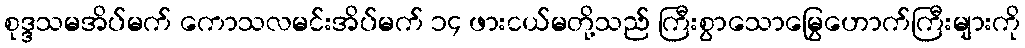
စုဒ္ဒသမအိပ်မက် ကောသလမင်းအိပ်မက် ၁၄ ဖားငယ်မတို့သည် ကြီးစွာသောမြွေဟောက်ကြီးများကို